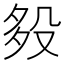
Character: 𣪈